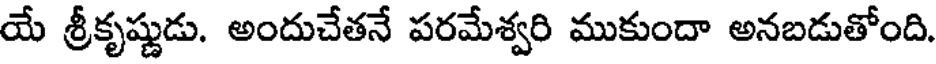
యే శ్రీకృష్ణుడు. అందుచేతనే పరమేశ్వరి ముకుందా అనబడుతోంది.